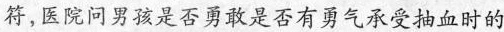
符，医院问男孩是否勇敢是否有勇气承受抽血时的